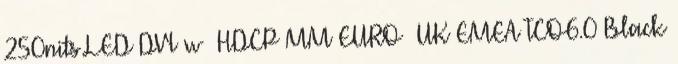
250nits LED DVI w HDCP MM EURO UK EMEA TCO6.0 Black